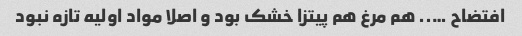
افتضاح ….. هم مرغ هم پیتزا خشک بود و اصلا مواد اولیه تازه نبود